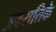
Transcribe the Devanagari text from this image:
अबरातिके